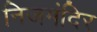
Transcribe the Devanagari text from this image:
निजमंदिर